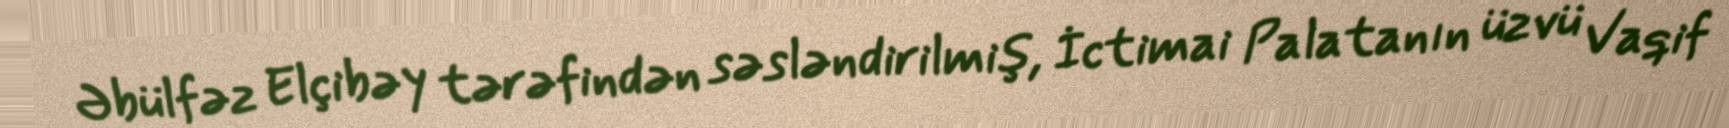
Əbülfəz Elçibəy tərəfindən səsləndirilmiş, İctimai Palatanın üzvü Vaqif